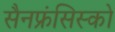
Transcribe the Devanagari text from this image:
सैनफ्रंसिस्को